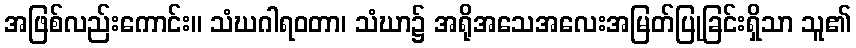
အဖြစ်လည်းကောင်း။ သံဃဂါရဝတာ၊ သံဃာ၌ အရိုအသေအလေးအမြတ်ပြုခြင်းရှိသာ သူ၏